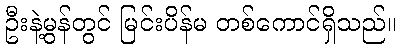
ဦးနဲ့မွန်တွင် မြင်းပိန်မ တစ်ကောင်ရှိသည်။